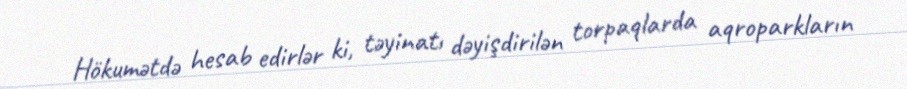
Hökumətdə hesab edirlər ki, təyinatı dəyişdirilən torpaqlarda aqroparkların